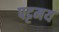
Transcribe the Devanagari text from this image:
पट्टमय